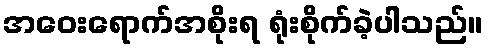
အဝေးရောက်အစိုးရ ရုံးစိုက်ခဲ့ပါသည်။